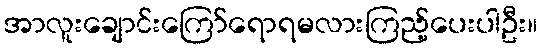
အာလူးချောင်းကြော်ရောရမလားကြည့်ပေးပါဦး။